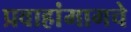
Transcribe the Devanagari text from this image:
प्रवाहांमागचे